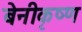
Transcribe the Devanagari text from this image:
बेनीकृष्ण